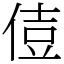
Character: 𠊪